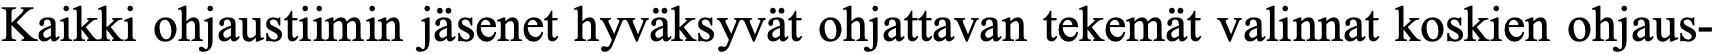
Kaikki ohjaustiimin jäsenet hyväksyvät ohjattavan tekemät valinnat koskien ohjaus-